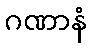
ဂဏာနံ